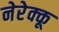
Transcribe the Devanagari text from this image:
नेरेक्कू